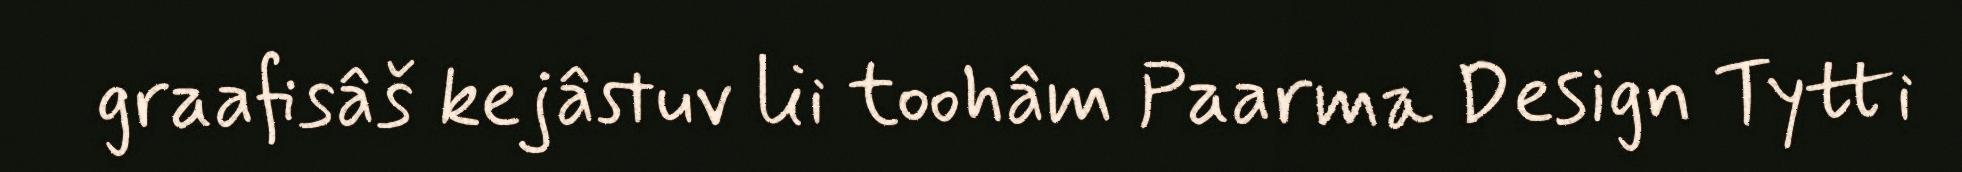
graafisâš kejâstuv lii toohâm Paarma Design Tytti